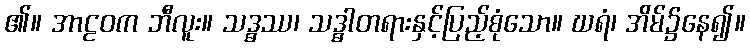
၏။ အာဠဝက ဘီလူး။ သဒ္ဓဿ၊ သဒ္ဓါတရားနှင့်ပြည့်စုံသော။ ဃရံ၊ အိမ်၌နေ၍။